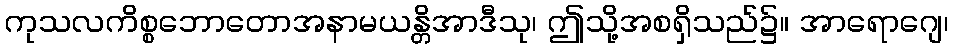
ကုသလကိစ္စဘောတောအနာမယန္တိအာဒီသု၊ ဤသို့အစရှိသည်၌။ အာရောဂျေ၊